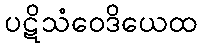
ပဋိသံဝေဒိယေထ